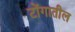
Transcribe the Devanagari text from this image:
टोंगातील